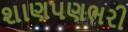
શાણપણભરી